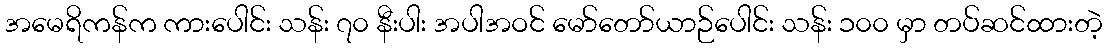
အမေရိကန်က ကားပေါင်း သန်း ၇၀ နီးပါး အပါအဝင် မော်တော်ယာဉ်ပေါင်း သန်း ၁၀၀ မှာ တပ်ဆင်ထားတဲ့